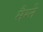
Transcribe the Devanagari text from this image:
मैग्ने